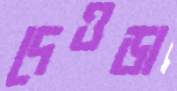
দেওড়া